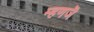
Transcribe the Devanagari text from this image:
म्हणजॆ